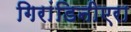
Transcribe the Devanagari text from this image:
गिरांडिनीएरा